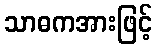
သာဓကအားဖြင့်